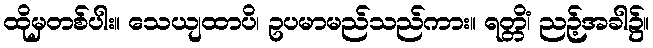
ထိုမှတစ်ပါး။ သေယျထာပိ၊ ဥပမာမည်သည်ကား။ ရတ္တိံ၊ ညဉ့်အခါ၌။